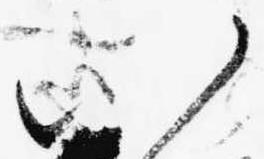
い